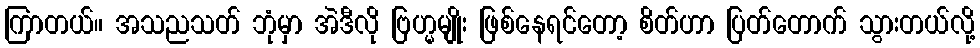
ကြာတယ်။ အသညသတ် ဘုံမှာ အဲဒီလို ဗြဟ္မမျိုး ဖြစ်နေရင်တော့ စိတ်ဟာ ပြတ်တောက် သွားတယ်လို့